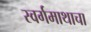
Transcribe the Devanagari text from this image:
स्वर्गमाथाचा